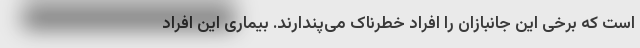
است که برخی این جانبازان را افراد خطرناک می‌پندارند. بیماری این افراد